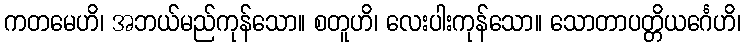
ကတမေဟိ၊ အဘယ်မည်ကုန်သော။ စတူဟိ၊ လေးပါးကုန်သော။ သောတာပတ္တိယင်္ဂေဟိ၊